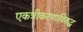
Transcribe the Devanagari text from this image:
एकत्रीकरणाविरुद्ध